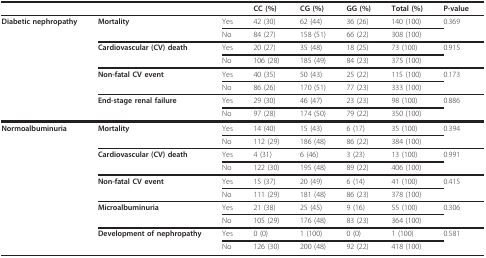
<table><thead><tr><td></td><td></td><td></td><td><b>CC (%)</b></td><td><b>CG (%)</b></td><td><b>GG (%)</b></td><td><b>Total (%)</b></td><td><b>P-value</b></td></tr></thead><tbody><tr><td><b>Diabetic nephropathy</b></td><td><b>Mortality</b></td><td>Yes</td><td>42 (30)</td><td>62 (44)</td><td>36 (26)</td><td>140 (100)</td><td>0.369</td></tr><tr><td></td><td></td><td>No</td><td>84 (27)</td><td>158 (51)</td><td>66 (22)</td><td>308 (100)</td><td></td></tr><tr><td></td><td><b>Cardiovascular (CV) death</b></td><td>Yes</td><td>20 (27)</td><td>35 (48)</td><td>18 (25)</td><td>73 (100)</td><td>0.915</td></tr><tr><td></td><td></td><td>No</td><td>106 (28)</td><td>185 (49)</td><td>84 (23)</td><td>375 (100)</td><td></td></tr><tr><td></td><td><b>Non-fatal CV event</b></td><td>Yes</td><td>40 (35)</td><td>50 (43)</td><td>25 (22)</td><td>115 (100)</td><td>0.173</td></tr><tr><td></td><td></td><td>No</td><td>86 (26)</td><td>170 (51)</td><td>77 (23)</td><td>333 (100)</td><td></td></tr><tr><td></td><td><b>End-stage renal failure</b></td><td>Yes</td><td>29 (30)</td><td>46 (47)</td><td>23 (23)</td><td>98 (100)</td><td>0.886</td></tr><tr><td></td><td></td><td>No</td><td>97 (28)</td><td>174 (50)</td><td>79 (22)</td><td>350 (100)</td><td></td></tr><tr><td><b>Normoalbuminuria</b></td><td><b>Mortality</b></td><td>Yes</td><td>14 (40)</td><td>15 (43)</td><td>6 (17)</td><td>35 (100)</td><td>0.394</td></tr><tr><td></td><td></td><td>No</td><td>112 (29)</td><td>186 (48)</td><td>86 (22)</td><td>384 (100)</td><td></td></tr><tr><td></td><td><b>Cardiovascular (CV) death</b></td><td>Yes</td><td>4 (31)</td><td>6 (46)</td><td>3 (23)</td><td>13 (100)</td><td>0.991</td></tr><tr><td></td><td></td><td>No</td><td>122 (30)</td><td>195 (48)</td><td>89 (22)</td><td>406 (100)</td><td></td></tr><tr><td></td><td><b>Non-fatal CV event</b></td><td>Yes</td><td>15 (37)</td><td>20 (49)</td><td>6 (14)</td><td>41 (100)</td><td>0.415</td></tr><tr><td></td><td></td><td>No</td><td>111 (29)</td><td>181 (48)</td><td>86 (23)</td><td>378 (100)</td><td></td></tr><tr><td></td><td><b>Microalbuminuria</b></td><td>Yes</td><td>21 (38)</td><td>25 (45)</td><td>9 (16)</td><td>55 (100)</td><td>0.306</td></tr><tr><td></td><td></td><td>No</td><td>105 (29)</td><td>176 (48)</td><td>83 (23)</td><td>364 (100)</td><td></td></tr><tr><td></td><td><b>Development of nephropathy</b></td><td>Yes</td><td>0 (0)</td><td>1 (100)</td><td>0 (0)</td><td>1 (100)</td><td>0.581</td></tr><tr><td></td><td></td><td>No</td><td>126 (30)</td><td>200 (48)</td><td>92 (22)</td><td>418 (100)</td><td></td></tr></tbody></table>